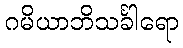
ဂမိယာဘိသင်္ခါရော